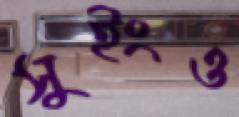
সুইংও